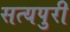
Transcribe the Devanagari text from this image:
सत्यपुरी